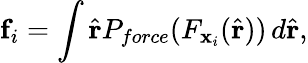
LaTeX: \mathbf{f}_{i}=\int\hat{\mathbf{r}}P_{force}(F_{\mathbf{x}_{i}}(\hat{\mathbf{r}}))\, d\hat{\mathbf{r}},